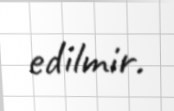
edilmir.